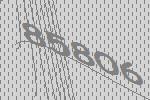
85806